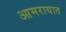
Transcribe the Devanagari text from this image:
आमरायात